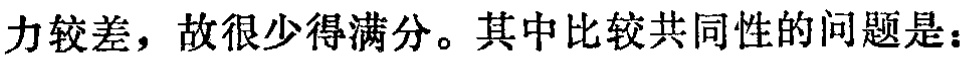
力较差，故很少得满分。其中比较共同性的问题是：